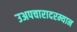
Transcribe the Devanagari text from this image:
उअपचारादरम्यान